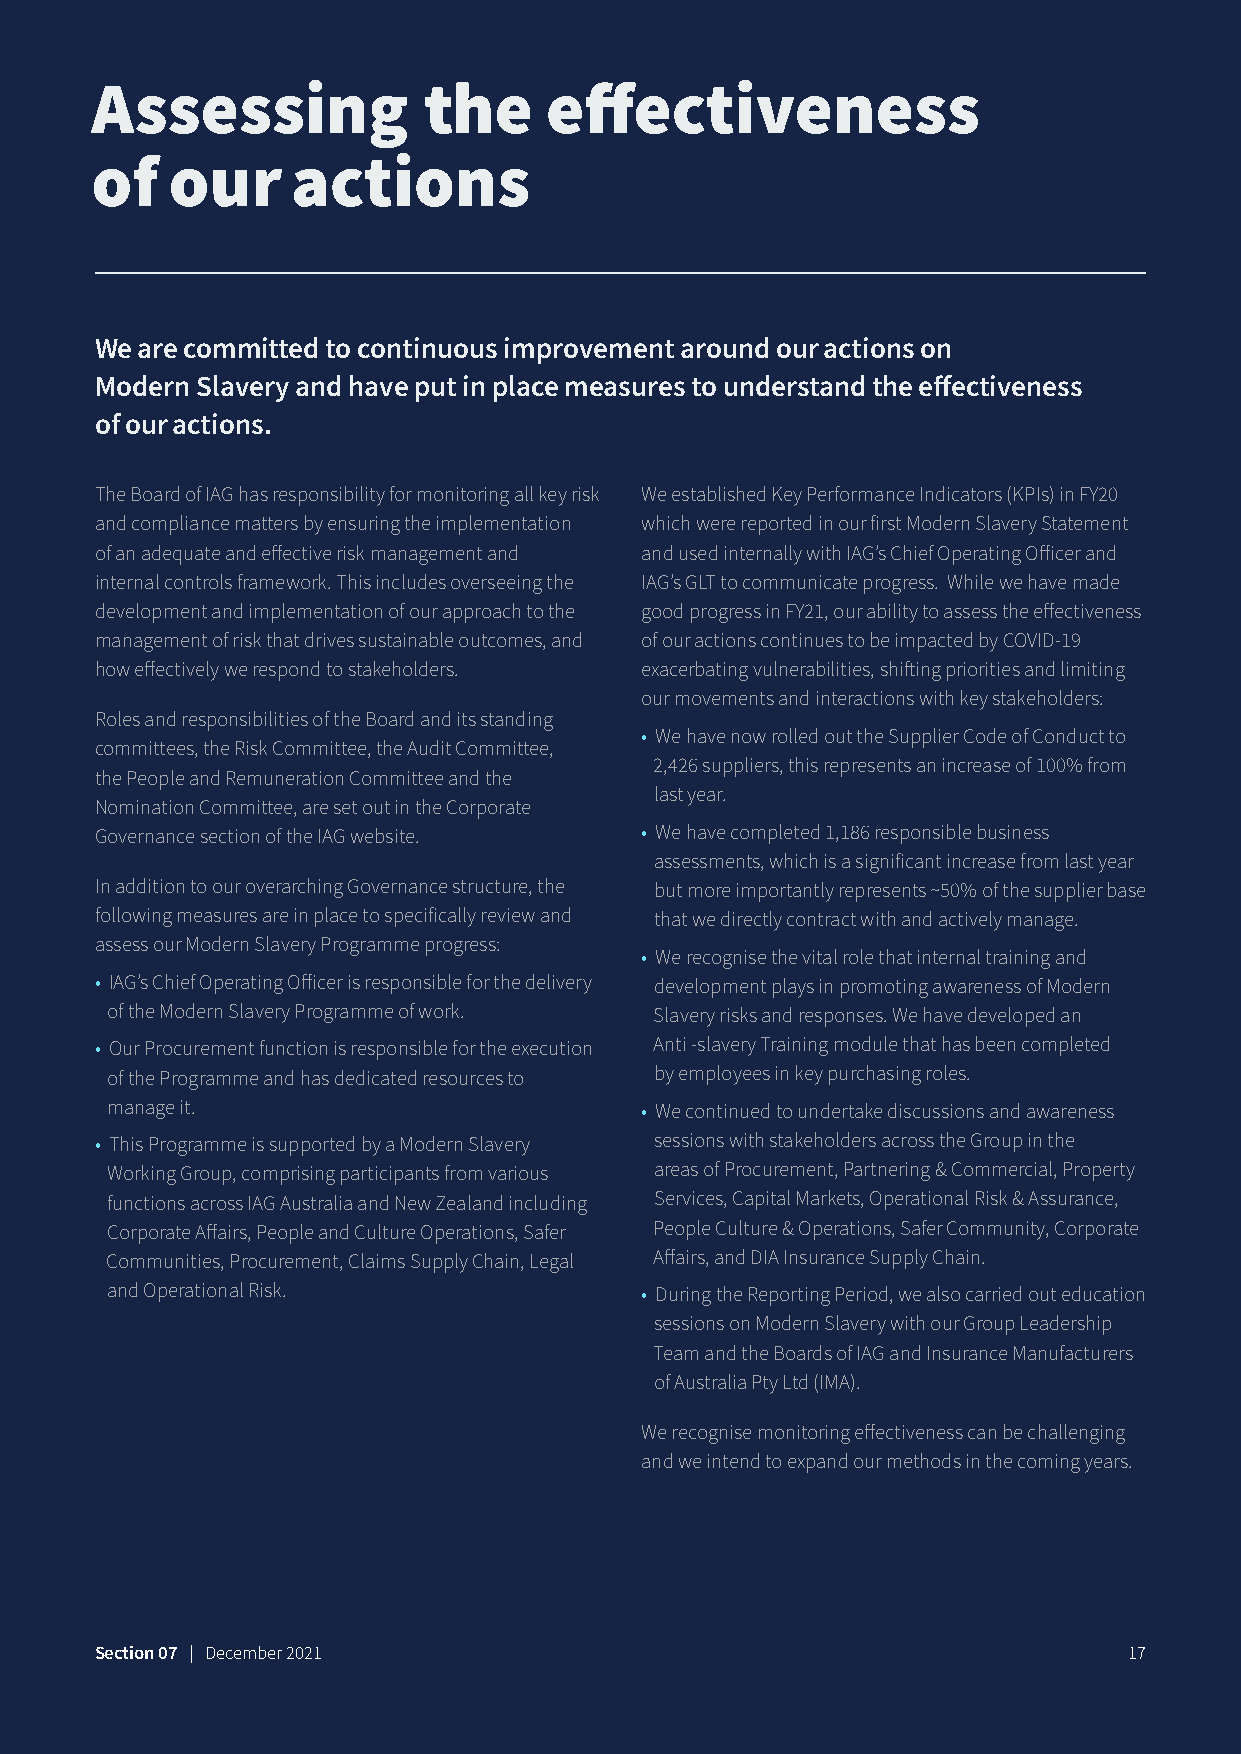
Assessing             the     effectiveness
 of   our     actions
 We are committed to continuous improvement around our actions on
 Modern Slavery and have put in place measures to understand the effectiveness
 of our actions.
 The Board of IAG has responsibility for monitoring all key risk We established Key Performance Indicators (KPIs) in FY20
 and compliance matters by ensuring the implementation which were reported in our first Modern Slavery Statement
 of an adequate and effective risk management and and used internally with IAG’s Chief Operating Officer and
 internal controls framework. This includes overseeing the IAG’s GLT to communicate progress. While we have made
 development and implementation of our approach to the good progress in FY21, our ability to assess the effectiveness
 management of risk that drives sustainable outcomes, and of our actions continues to be impacted by COVID-19
 how effectively we respond to stakeholders. exacerbating vulnerabilities, shifting priorities and limiting
 our movements and interactions with key stakeholders:
 Roles and responsibilities of the Board and its standing
 • We have now rolled out the Supplier Code of Conduct to
 committees, the Risk Committee, the Audit Committee,
 2,426 suppliers, this represents an increase of 100% from
 the People and Remuneration Committee and the
 last year.
 Nomination Committee, are set out in the Corporate
 Governance section of the IAG website. • We have completed 1,186 responsible business
 assessments, which is a significant increase from last year
 In addition to our overarching Governance structure, the but more importantly represents ~50% of the supplier base
 following measures are in place to specifically review and that we directly contract with and actively manage.
 assess our Modern Slavery Programme progress:
 • We recognise the vital role that internal training and
 • IAG’s Chief Operating Officer is responsible for the delivery development plays in promoting awareness of Modern
 of the Modern Slavery Programme of work. Slavery risks and responses. We have developed an
 • Our Procurement function is responsible for the execution Anti -slavery Training module that has been completed
 of the Programme and has dedicated resources to by employees in key purchasing roles.
 manage it.                         • We continued to undertake discussions and awareness
 • This Programme is supported by a Modern Slavery sessions with stakeholders across the Group in the
 Working Group, comprising participants from various areas of Procurement, Partnering & Commercial, Property
 functions across IAG Australia and New Zealand including Services, Capital Markets, Operational Risk & Assurance,
 Corporate Affairs, People and Culture Operations, Safer People Culture & Operations, Safer Community, Corporate
 Communities, Procurement, Claims Supply Chain, Legal Affairs, and DIA Insurance Supply Chain.
 and Operational Risk.              • During the Reporting Period, we also carried out education
 sessions on Modern Slavery with our Group Leadership
 Team and the Boards of IAG and Insurance Manufacturers
 of Australia Pty Ltd (IMA).
 We recognise monitoring effectiveness can be challenging
 and we intend to expand our methods in the coming years.
 Section 07 | December 2021                                           17